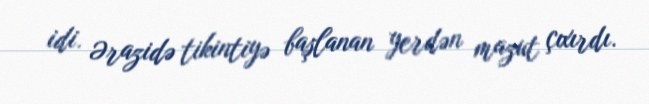
idi. Ərazidə tikintiyə başlanan yerdən mazut çıxırdı.